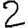
Digit: 2